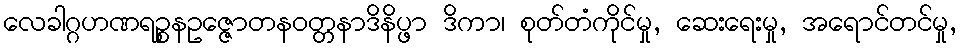
လေခါဂ္ဂဟဏရဉ္စနဥဇ္ဇောတနဝတ္တနာဒိနိပ္ဖာ ဒိကာ၊ စုတ်တံကိုင်မှု, ဆေးရေးမှု, အရောင်တင်မှု,